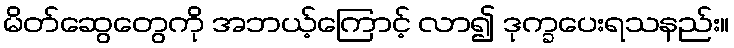
မိတ်ဆွေတွေကို အဘယ့်ကြောင့် လာ၍ ဒုက္ခပေးရသနည်း။